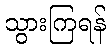
သွားကြရန်